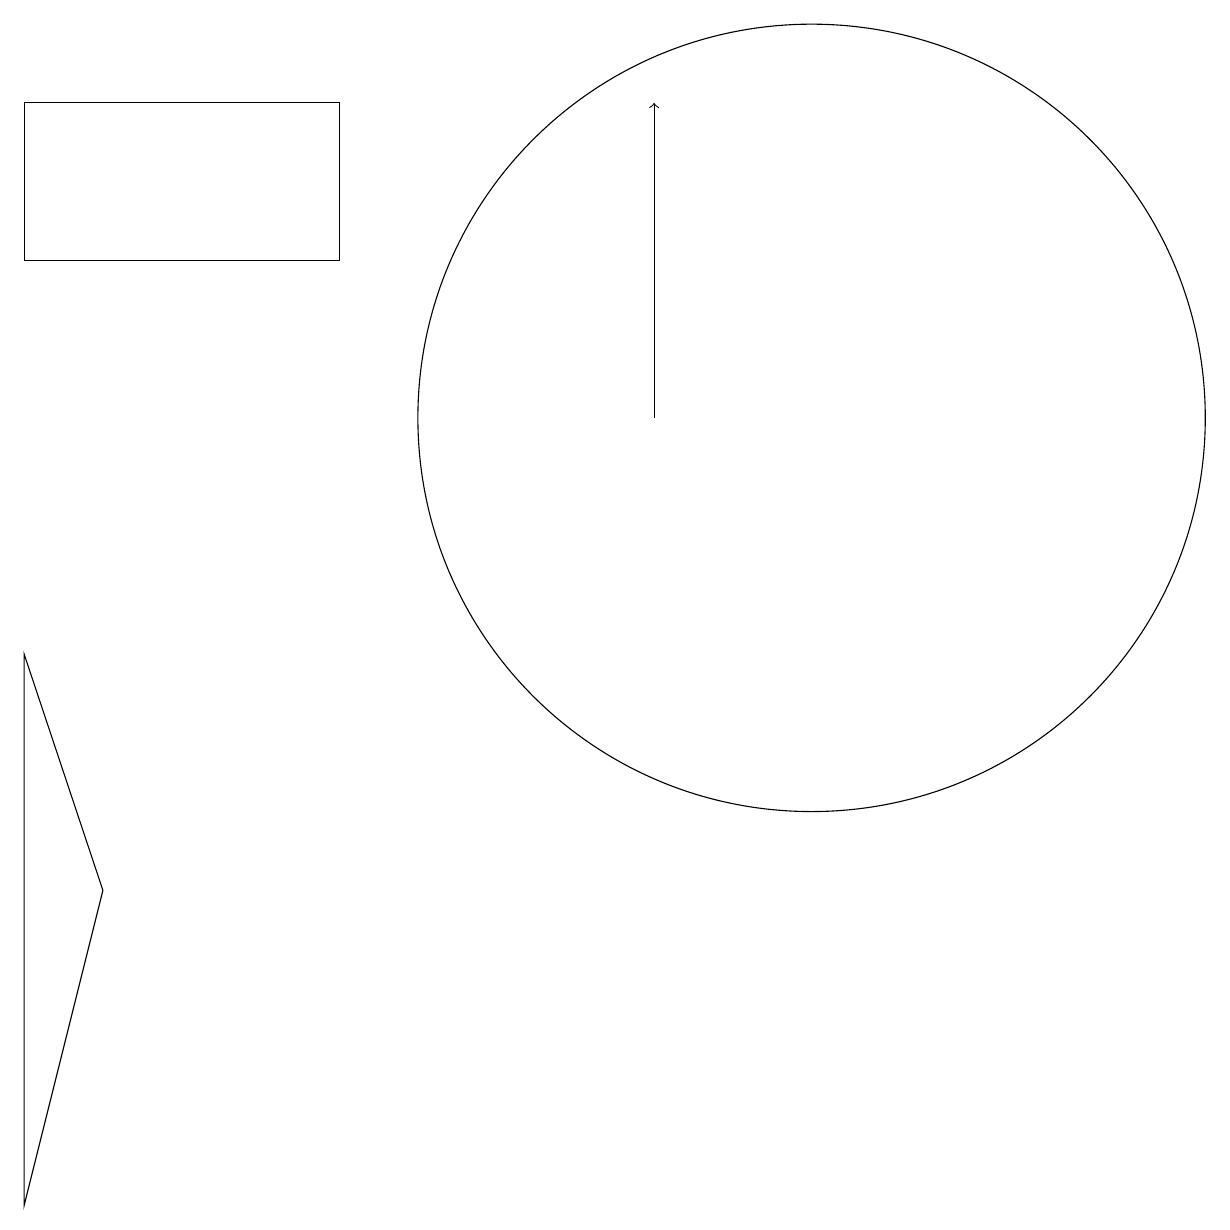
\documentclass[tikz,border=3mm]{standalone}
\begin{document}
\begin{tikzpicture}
\draw (10,10) circle (5);
\draw (0,12) rectangle (4,14);
\draw[->] (8,10) -- (8,14);
\draw (1,4) -- (0,7) -- (0,0) -- cycle;
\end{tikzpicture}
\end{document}